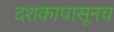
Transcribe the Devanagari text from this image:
दशकापासूनच